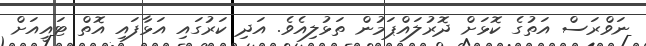
ނަވްރަސް އަތުގެ ކޮޅަށް ދޮރުލައްޕަމުން ތަޅުލިއެވެ. އަދި ކަރުގައި އަޅާފައި އޮތް ޓައީއަށް